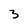
Character: 3